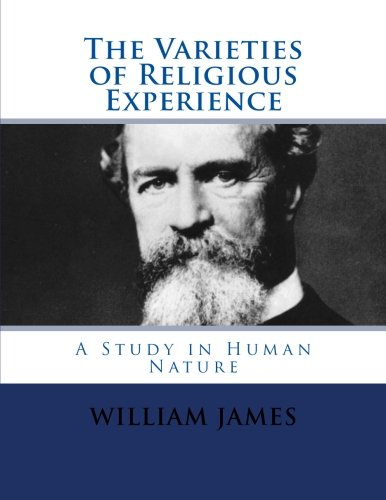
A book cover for The Varieties of Religious Experience: Complete and Unabridged; William James; Religion & Spirituality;